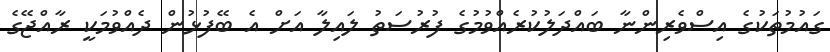
ގައުމުތަކުގެ އިސްވެރިންނާ ބައްދަލުކުރެއްވުމުގެ ފުރުސަތު ލައިލާ އަށް އެ ބޭފުޅުން ދެއްވުމަކީ ރާއްޖޭގެ